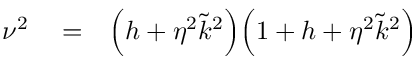
\begin{array} { r l r } { \nu ^ { 2 } } & { { } = } & { \Big ( h + \eta ^ { 2 } \tilde { k } ^ { 2 } \Big ) \Big ( 1 + h + \eta ^ { 2 } \tilde { k } ^ { 2 } \Big ) } \end{array}